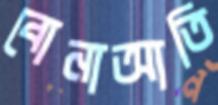
বোনাআতি